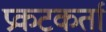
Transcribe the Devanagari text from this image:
प्रकटकर्ता